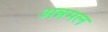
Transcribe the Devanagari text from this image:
अन्नमल